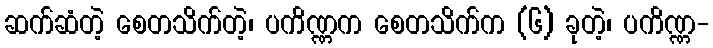
ဆက်ဆံတဲ့ စေတသိက်တဲ့၊ ပကိဏ္ဏက စေတသိက်က (၆) ခုတဲ့၊ ပကိဏ္ဏ-